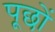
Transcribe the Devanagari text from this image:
पूछों